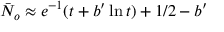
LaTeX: \bar { N } _ { o } \approx e ^ { - 1 } ( t + b ^ { \prime } \ln t ) + 1 / 2 - b ^ { \prime }